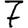
Digit: 7